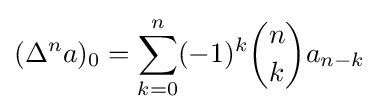
(\Delta ^{n}a)_{0}=\sum _{k=0}^{n}(-1)^{k}{n \choose k}a_{n-k}